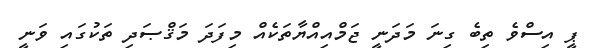
ޕީ އިސްވެ ތިބެ ގިނަ މަދަނީ ޖަމްއިއްޔާާތަކެއް މިފަދަ މަޤްޞަދި ތަކުގައި ވަނީ